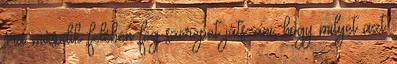
óra második felében fog szerepet játszani, hogy milyet azt